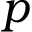
p